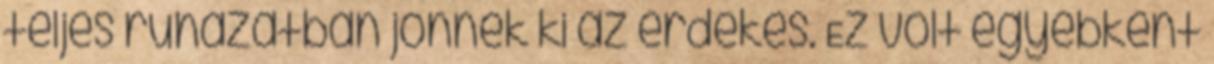
teljes ruházatban jönnek ki az érdekes. Ez volt egyébként